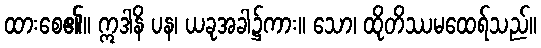
ထားစေ၏။ ဣဒါနိ ပန၊ ယခုအခါ၌ကား။ သော၊ ထိုတိဿမထေရ်သည်။